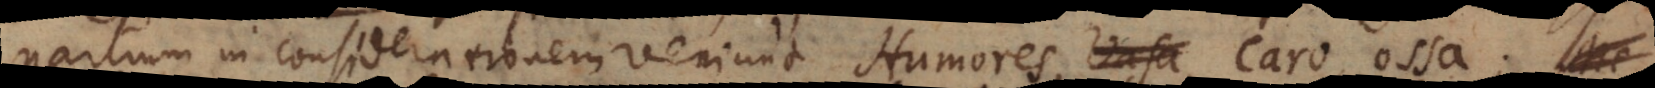
partium in considerationem veniunt Humores, vasa, caro, ossa; Me